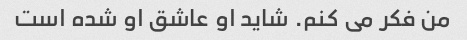
من فکر می کنم. شاید او عاشق او شده است